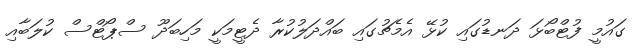
ގައުމީ ފުޓްބޯޅަ ދަނޑުގައި ކުޅޭ އެމެޗުގައި ބައްދަލުކުރާ ދެޓީމަކީ މަހިބަދޫ ސްޕޯޓްސް ކުލަބާއި